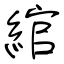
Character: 綰